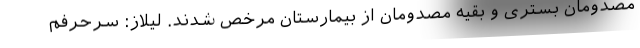
مصدومان بستری و بقیه مصدومان از بیمارستان مرخص شدند. لیلاز: سرحرفم